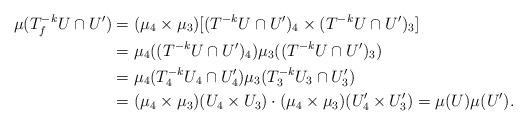
LaTeX: \begin{align*}\mu(T_f^{-k}U \cap U') &= (\mu_4 \times \mu_3)[(T^{-k}U \cap U')_4 \times (T^{-k}U \cap U')_3] \\ &= \mu_4((T^{-k}U \cap U')_4) \mu_3((T^{-k}U \cap U')_3) \\ &= \mu_4(T_4^{-k}U_4 \cap U'_4) \mu_3(T_3^{-k}U_3 \cap U'_3) \\ &= (\mu_4 \times \mu_3) (U_4 \times U_3) \cdot (\mu_4 \times \mu_3) (U_4' \times U_3') = \mu(U) \mu(U').\end{align*}